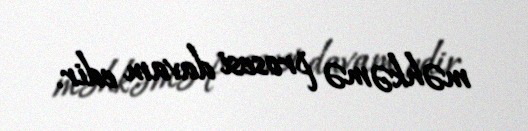
məhkəmə prosesi davam edir.